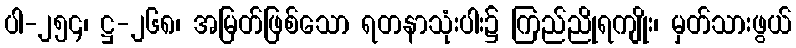
ပါ-၂၅၄၊ ဋ္ဌ-၂၆၈၊ အမြတ်ဖြစ်သော ရတနာသုံးပါး၌ ကြည်ညိုရကျိုး၊ မှတ်သားဖွယ်